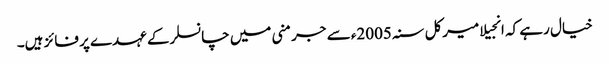
خیال رہے کہ انجیلا میرکل سنہ 2005ء سے جرمنی میں چانسلرکے عہدے پر فائز ہیں۔